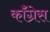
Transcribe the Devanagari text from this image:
कॉँंग्रेस